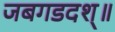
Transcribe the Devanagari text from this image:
जबगडदश्॥